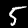
Digit: 5